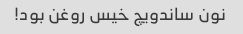
نون ساندویچ خیس روغن بود!